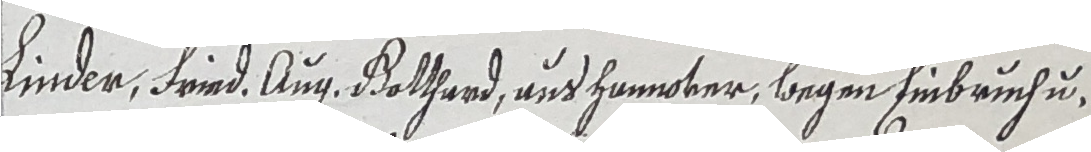
Kinder, Frind. Aug, Bothand und Honnoter, wegen Einbruchu¬